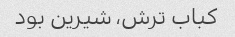
کباب ترش، شیرین بود